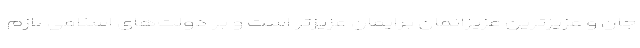
جان و عزیزترین عزیزانمان برایمان عزیزتر است و بر دولت‌های اسلامی لازم